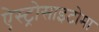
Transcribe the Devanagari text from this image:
ऐस्ट्रोसाइटोमा